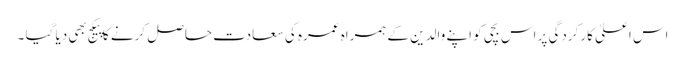
اس اعلیٰ کارکردگی پر اس بچی کو اپنے والدین کے ہمراہ عمرہ کی سعادت حاصل کرنے کا پیکج بھی دیا گیا ۔